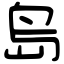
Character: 𡷊